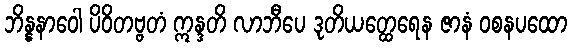
ဘိန္နနာဝေါ ပိဝိတဗ္ဗတံ ဣန္ဒတိ လာဘီပေ ဒုတိယတ္ထေရေန ဇာနံ ဝစနပထော